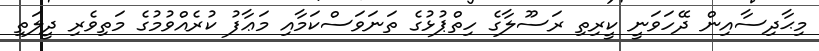
މިޙާދިސާއިން ދޭހަވަނީ ކީރިތި ރަސޫލާގެ ހިތްޕުޅުގެ ތަނަވަސްކަމާއި މަޢާފު ކުރެއްވުމުގެ މަތިވެރި ދީލަތި